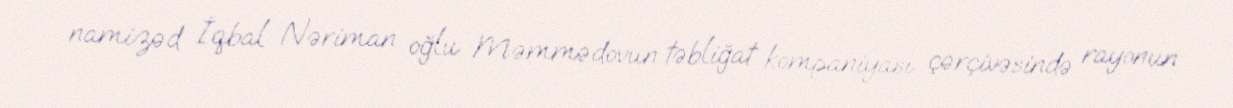
namizəd İqbal Nəriman oğlu Məmmədovun təbliğat kompaniyası çərçivəsində rayonun